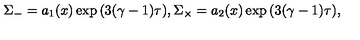
\Sigma _ { - } = a _ { 1 } ( x ) \exp { ( 3 ( \gamma - 1 ) \tau ) } , \Sigma _ { \times } = a _ { 2 } ( x ) \exp { ( 3 ( \gamma - 1 ) \tau ) } ,